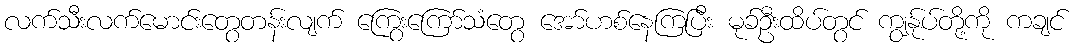
လက်သီးလက်မောင်းတွေတန်းလျက် ကြွေးကြော်သံတွေ အော်ဟစ်နေကြပြီး မုခ်ဦးထိပ်တွင် ကျွန်ုပ်တို့ကို ကချင်